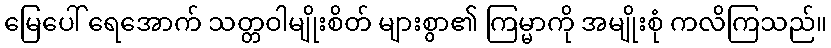
မြေပေါ် ရေအောက် သတ္တဝါမျိုးစိတ် များစွာ၏ ကြမ္မာကို အမျိုးစုံ ကလိကြသည်။